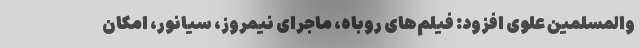
والمسلمین علوی افزود: فیلم‌های روباه، ماجرای نیمروز، سیانور، امکان